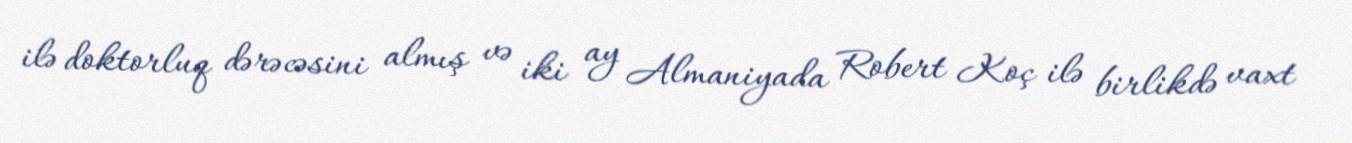
ilə doktorluq dərəcəsini almış və iki ay Almaniyada Robert Koç ilə birlikdə vaxt